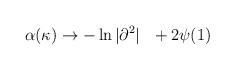
LaTeX: \begin{align*}\alpha ( \kappa )\rightarrow - \ln \vert \partial^2 \vert \ \ + 2 \psi (1)\end{align*}